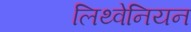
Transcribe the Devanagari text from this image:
लिथ्वेनियन